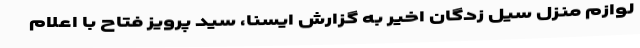
لوازم منزل سیل زدگان اخیر به گزارش ایسنا، سید پرویز فتاح با اعلام